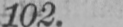
102.